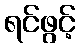
ရင်ဖွင့်